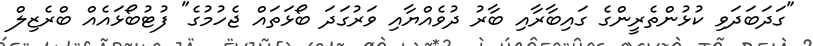
"ގަދަބަދަވި ކުޅުންތެރީންގެ ގައިބާރާއި ބާރު ދުވެއްޔާއި ވަރުގަދަ ބޯޅަތައް ޖެހުމުގެ" ފުޓުބޯޅައެއް ބްރެޒިލް